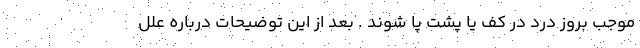
موجب بروز درد در کف یا پشت پا شوند . بعد از این توضیحات درباره علل